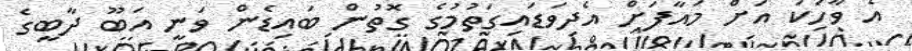
އެ ވާހަކަ އަށް މައާފަށް އެދިވަޑައިގަތުމުގެ ގޮތުން ބައިޑެން ވަނީ އަބޫ ދާބީގެ